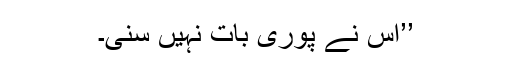
’’اس نے پوری بات نہیں سُنی۔